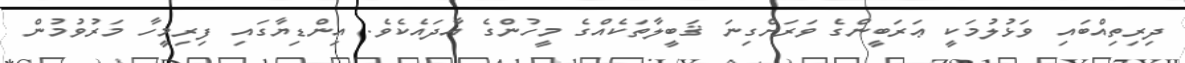
ދިރިތިއްބައި ވަޅުލުމަކީ ޢަރަބީންގެ ވަރަށްގިނަ ޤަބީލާތަކެއްގެ މީހުންގެ އާދައެކެވެ. އިންޑިޔާގައި ފިރިމީހާ މަރުވުމުން